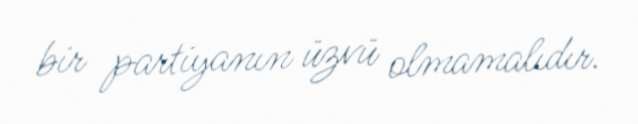
bir partiyanın üzvü olmamalıdır.